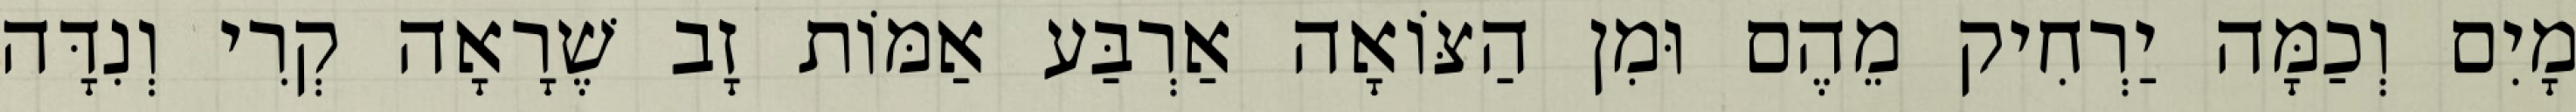
מָיִם וְכַמָּה יַרְחִיק מֵהֶם וּמִן הַצּוֹאָה אַרְבַּע אַמּוֹת זָב שֶׁרָאָה קְרִי וְנִדָּה